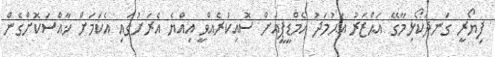
ފިޔޯރީ ގަނދަކޯޅިމާގޭ އަޙްޒަރު އަޙުމަދު އެމްޑީޕީއަށް ސޮއިކުރެއްވީ އިއްޔެ އެރަށުގައި އެކަމަށް ޚާއްސަކޮށްގެން